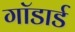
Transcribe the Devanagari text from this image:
गॉडार्ड